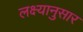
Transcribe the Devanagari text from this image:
लक्ष्यानुसार